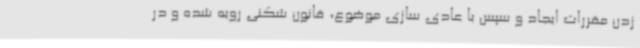
زدن مقررات ایجاد و سپس با عادی سازی موضوع، قانون شکنی رویه شده و در